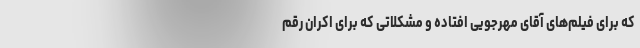
که برای فیلم‌های آقای مهرجویی افتاده و مشکلاتی که برای اکران رقم